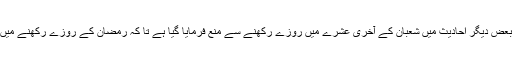
(رواہ ابو یعلی)بعض دیگر احادیث میں شعبان کے آخری عشرے میں روزے رکھنے سے منع فرمایا گیا ہے تا کہ رمضان کے روزے رکھنے میں دشواری نہ ہو۔